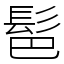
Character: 䯲